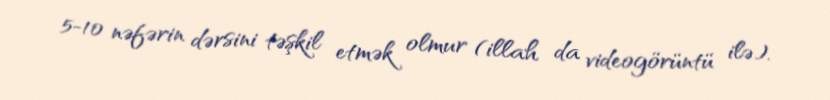
5-10 nəfərin dərsini təşkil etmək olmur (illah da videogörüntü ilə).